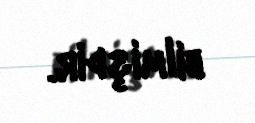
bilmişdir.